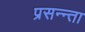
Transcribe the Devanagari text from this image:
प्रसन्न्ता